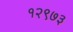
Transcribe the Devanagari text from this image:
१२९७३